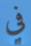
في